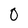
Character: 0